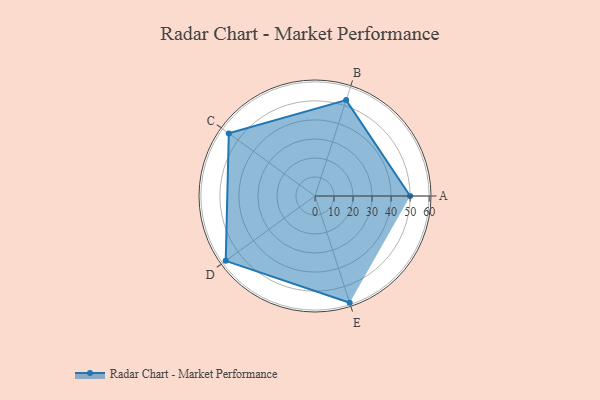
{"axis": {"x": "Skill", "y": "Score"}, "legend": ["Profile"], "data": [{"x": "A", "y": 50.0, "type": "Profile"}, {"x": "B", "y": 53.0, "type": "Profile"}, {"x": "C", "y": 56.0, "type": "Profile"}, {"x": "D", "y": 58.0, "type": "Profile"}, {"x": "E", "y": 59.0, "type": "Profile"}]}